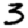
Digit: 3